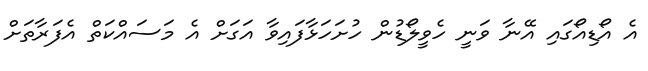
އެ އޯޑިއޯގައި އޭނާ ވަނީ ހެވީލޯޑުން ހުށަހަޅާފައިވާ އަގަށް އެ މަސައްކަތް އެފަރާތަށް